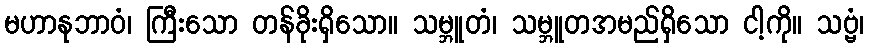
မဟာနုဘာဝံ၊ ကြီးသော တန်ခိုးရှိသော။ သမ္ဘူတံ၊ သမ္ဘူတအမည်ရှိသော ငါ့ကို။ သဗ္ဗံ၊